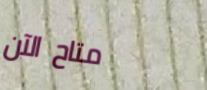
متاح الآن